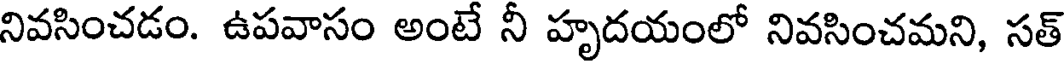
నివసించడం. ఉపవాసం అంటే నీ హృదయంలో నివసించమని, సత్